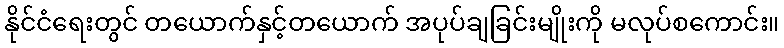
နိုင်ငံရေးတွင် တယောက်နှင့်တယောက် အပုပ်ချခြင်းမျိုးကို မလုပ်စကောင်း။